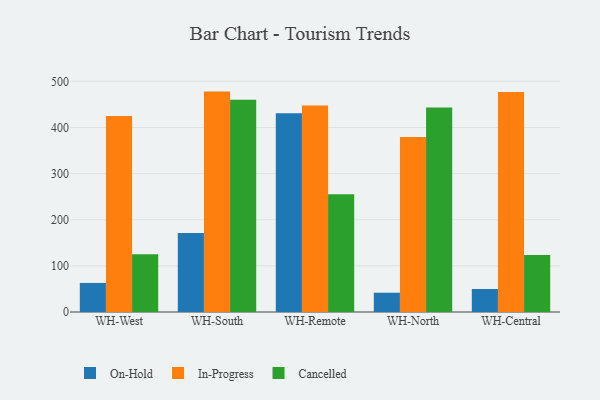
{"axis": {"x": "Warehouse", "y": "Net Income (USD K)"}, "legend": ["Cancelled", "In-Progress", "On-Hold"], "data": [{"x": "WH-West", "y": 63.0, "type": "On-Hold"}, {"x": "WH-West", "y": 424.7, "type": "In-Progress"}, {"x": "WH-West", "y": 125.3, "type": "Cancelled"}, {"x": "WH-South", "y": 171.0, "type": "On-Hold"}, {"x": "WH-South", "y": 477.8, "type": "In-Progress"}, {"x": "WH-South", "y": 460.2, "type": "Cancelled"}, {"x": "WH-Remote", "y": 430.9, "type": "On-Hold"}, {"x": "WH-Remote", "y": 447.8, "type": "In-Progress"}, {"x": "WH-Remote", "y": 255.4, "type": "Cancelled"}, {"x": "WH-North", "y": 41.8, "type": "On-Hold"}, {"x": "WH-North", "y": 379.5, "type": "In-Progress"}, {"x": "WH-North", "y": 443.3, "type": "Cancelled"}, {"x": "WH-Central", "y": 49.9, "type": "On-Hold"}, {"x": "WH-Central", "y": 477.0, "type": "In-Progress"}, {"x": "WH-Central", "y": 123.3, "type": "Cancelled"}]}